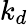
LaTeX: k_{d}